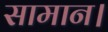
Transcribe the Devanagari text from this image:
सामान।